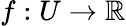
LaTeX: f:U\to\mathbb{R}